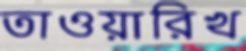
তাওয়ারিখ